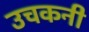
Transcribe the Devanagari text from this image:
उचकनी